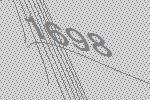
1698